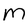
Character: M